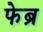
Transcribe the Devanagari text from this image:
फेब्रू